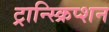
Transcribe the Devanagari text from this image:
ट्रान्स्क्रिप्शन